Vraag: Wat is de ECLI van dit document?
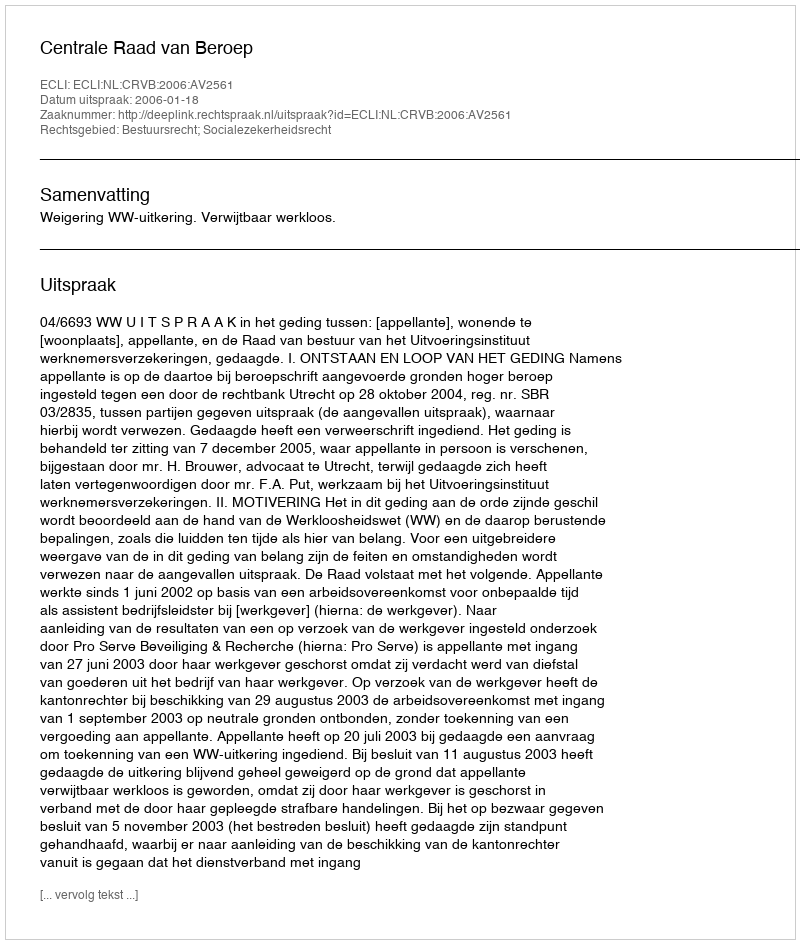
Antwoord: ECLI:NL:CRVB:2006:AV2561